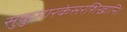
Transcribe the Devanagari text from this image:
सुकुमारकेसरशिखानि।